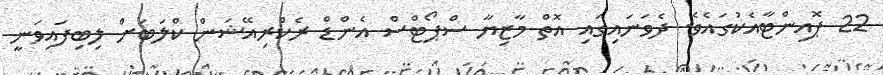
22 ޕޮއިންޓާއެކުގައެވެ. ދެވަނައިގައި އޮތް މާޒިޔާ ސްޕޯޓްސް އެންޑް ރެކްރިއޭޝަން ކްލަބަށް ލިބިފައިވަނީ